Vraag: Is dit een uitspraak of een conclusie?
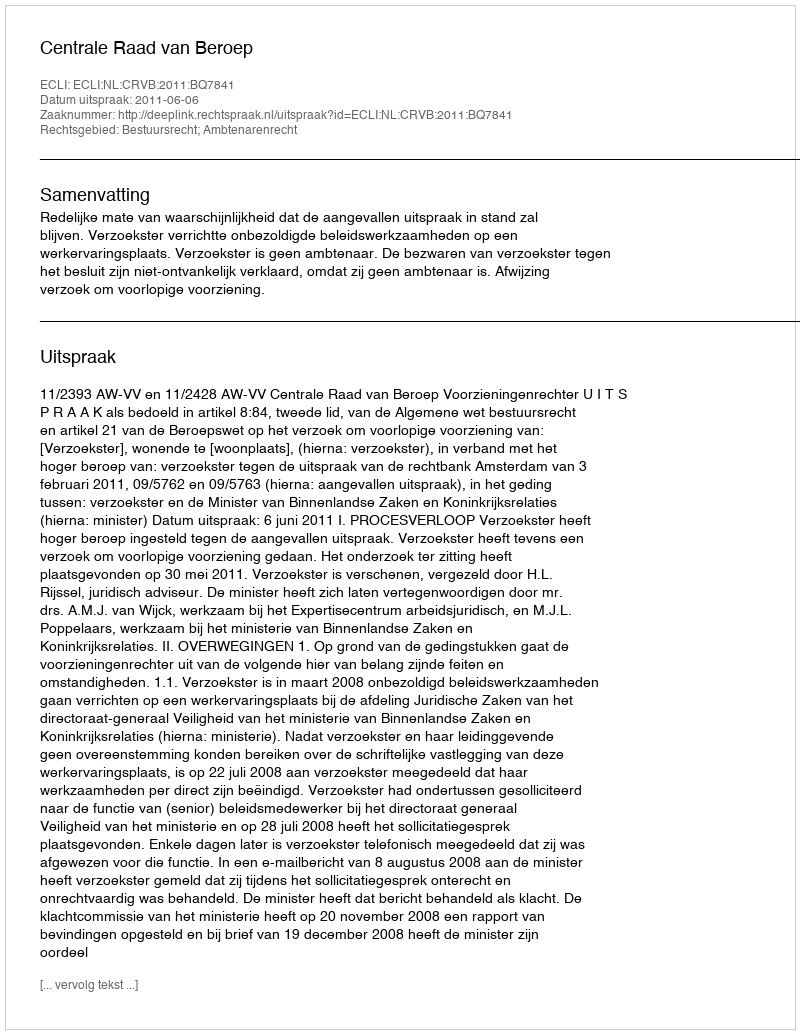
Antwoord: Uitspraak